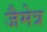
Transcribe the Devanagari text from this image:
जैमेत्र